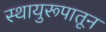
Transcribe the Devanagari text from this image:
स्थायुरूपातून